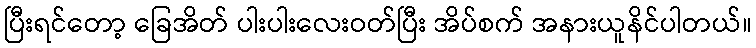
ပြီးရင်တော့ ခြေအိတ် ပါးပါးလေးဝတ်ပြီး အိပ်စက် အနားယူနိင်ပါတယ်။